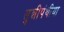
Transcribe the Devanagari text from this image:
सुन्नीपंथीया